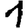
Digit: 1